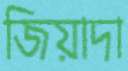
জিয়াদা